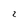
Character: 2